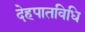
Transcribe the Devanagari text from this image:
देहपातविधि